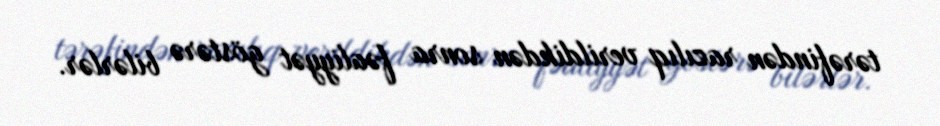
tərəfindən razılıq verildikdən sonra fəaliyyət göstərə bilərlər.